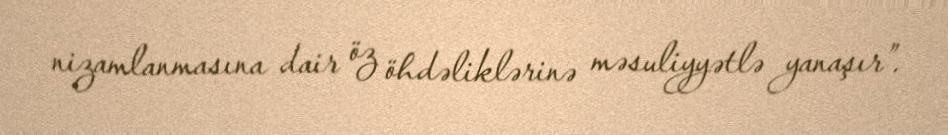
nizamlanmasına dair öz öhdəliklərinə məsuliyyətlə yanaşır”.